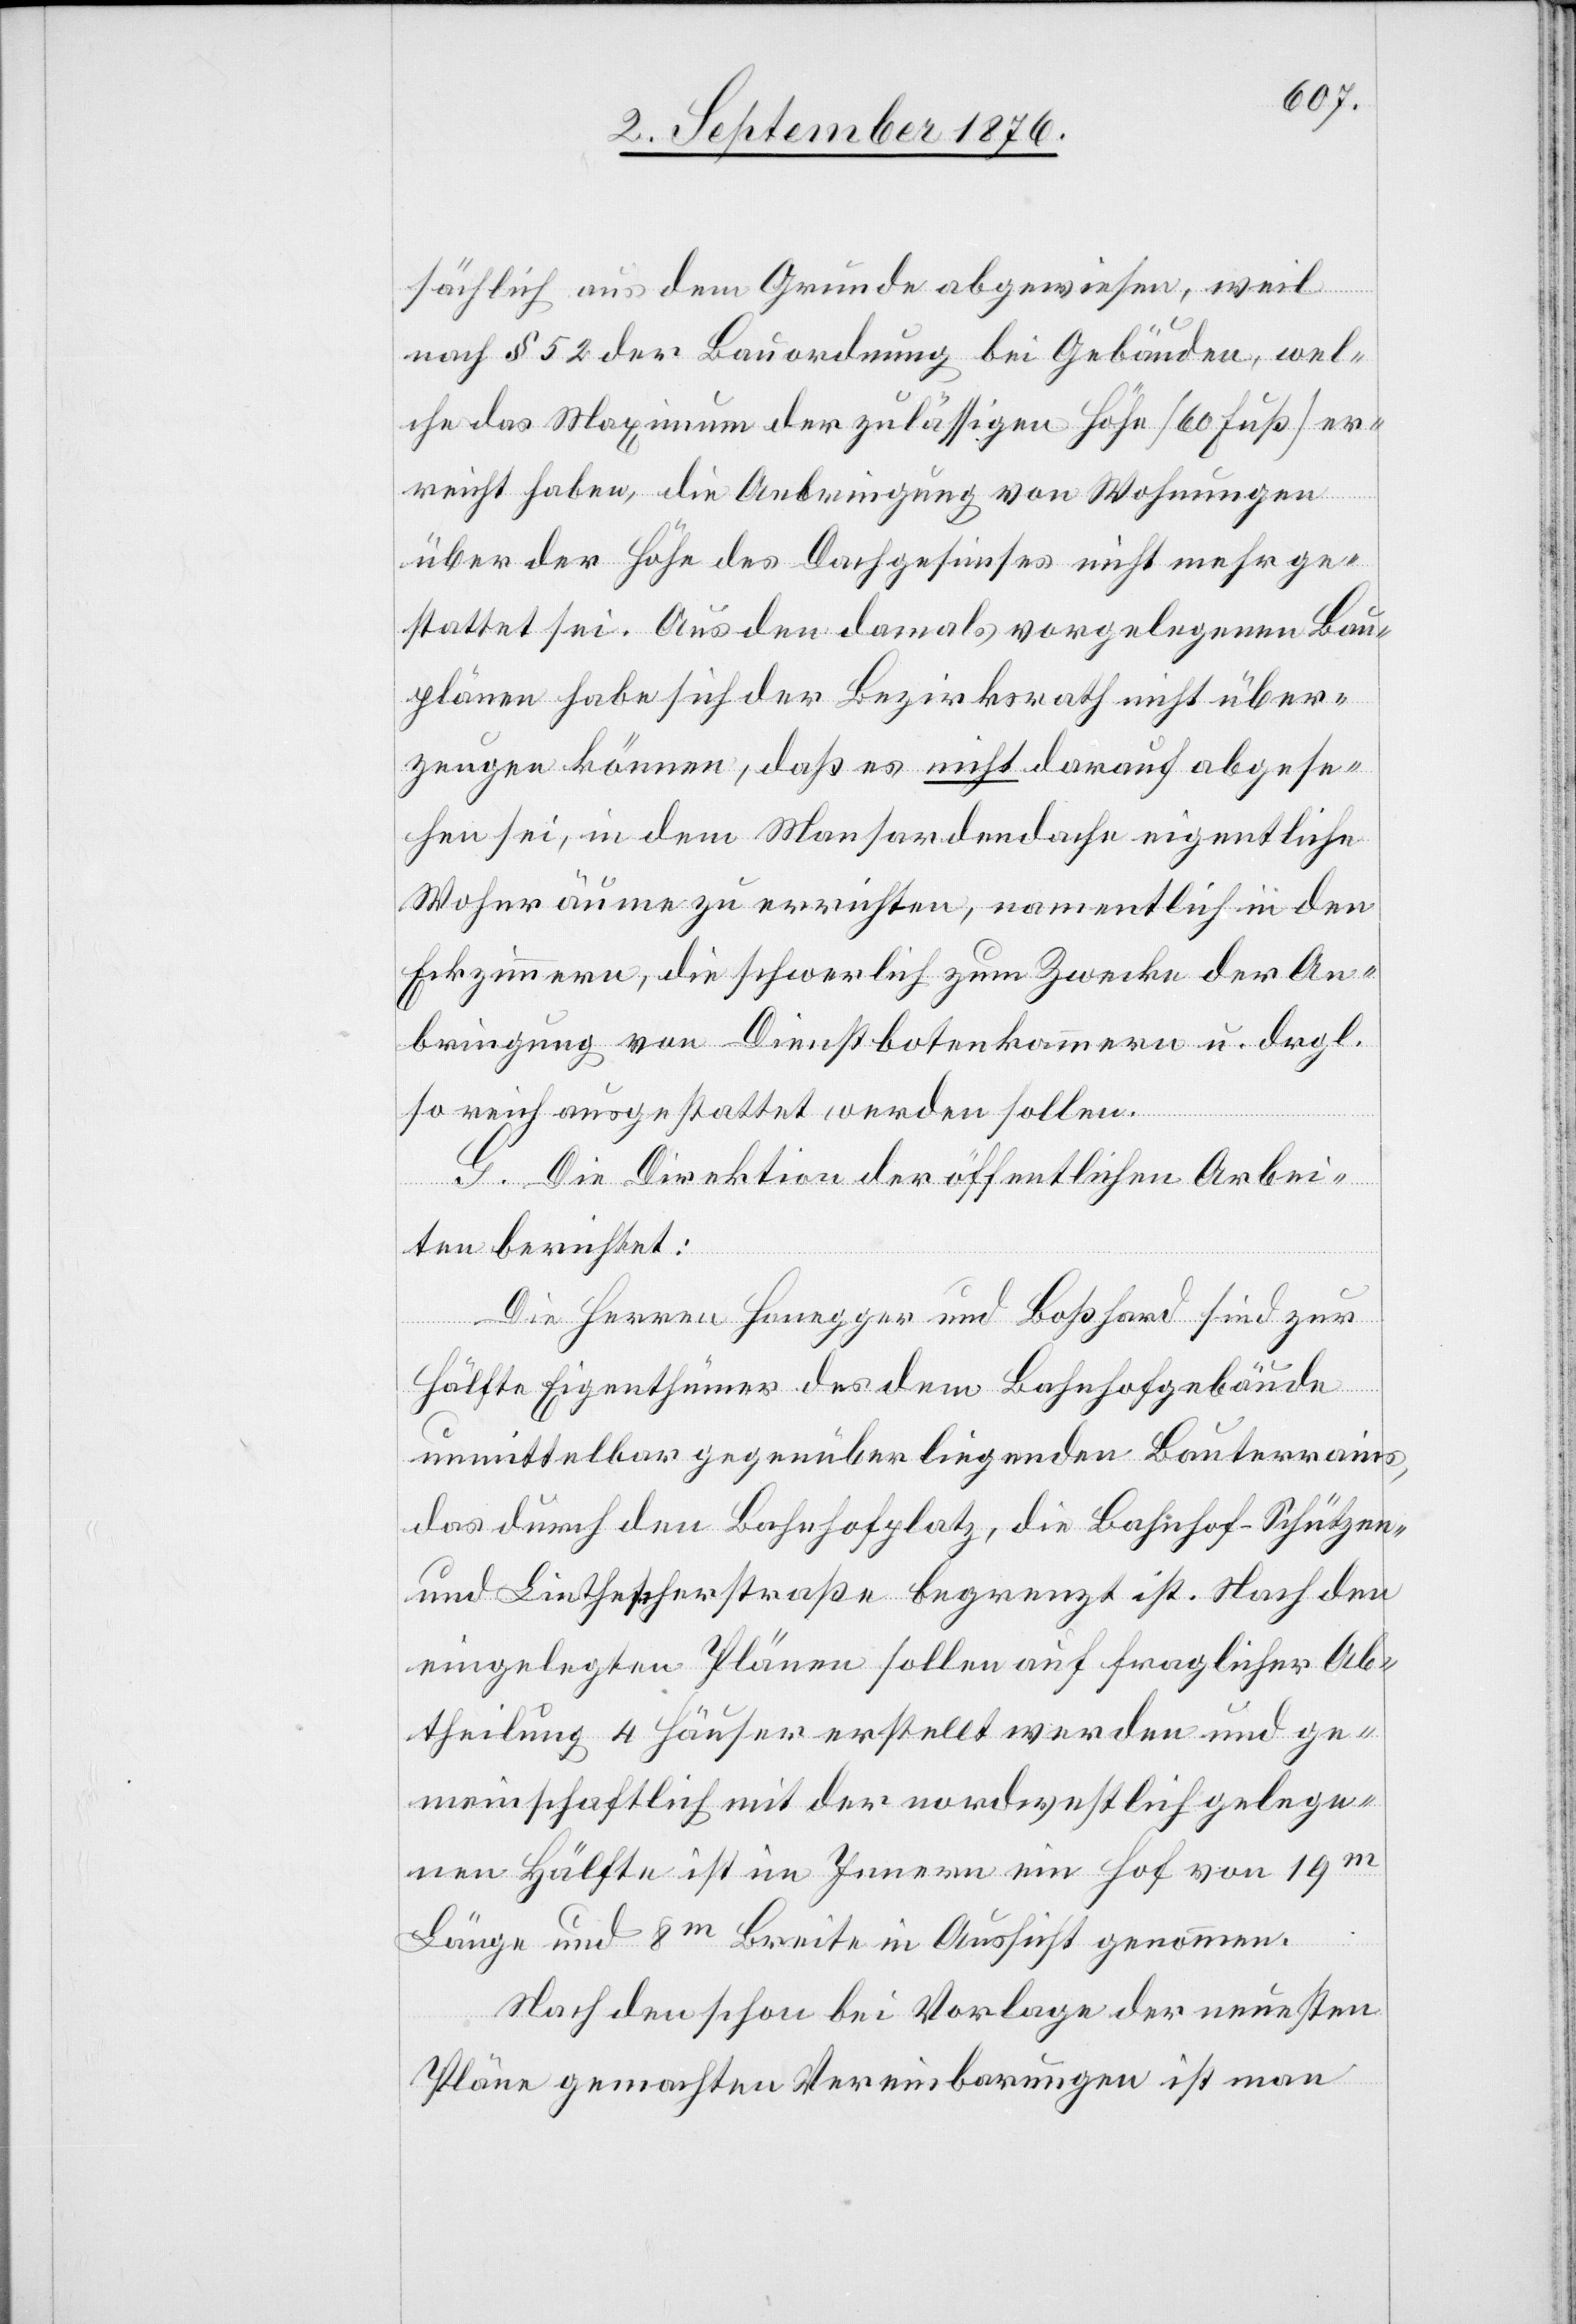
sächlich aus dem Grunde abgewiesen, weil
nach § 52 der Bauordnung bei Gebäuden, wel¬
che das Maximum der zulässigen Höhe [60 Fuß] er¬
reicht haben, die Anbringung von Wohnungen
über der Höhe des Dachgesimses nicht mehr ge¬
stattet sei. Aus den damals vorgelegenen Bau¬
plänen habe sich der Bezirksrath nicht über¬
zeugen können, daß es nicht darauf abgese¬
hen sei, in dem Mansardendache eigentliche
Wohnräume zu errichten, namentlich in den
Eckzimmern, die schwerlich zum Zwecke der An¬
bringung von Dienstbotenkammern u. drgl.
so reich ausgestattet werden sollen.
G. Die Direktion der öffentlichen Arbei¬
ten berichtet:
Die Herren Honegger und Boßhard sind zur
Hälfte Eigenthümer des dem Bahnhofgebäude
unmittelbar gegenüberliegenden Bauterrains,
das durch den Bahnhofplatz, die Bahnhof-Schützen-
und die Linthescherstraße begrenzt ist. Nach den
eingelegten Plänen sollen auf fraglicher Ab¬
theilung 4 Häuser erstellt werden und ge¬
meinschaftlich mit der nordwestlich gelege¬
nen Hälfte ist im Innern ein Hof von 19m
Länge und 8m Breite in Aussicht genommen.
Nach den schon bei Vorlage der neuesten
Pläne gemachten Vereinbarungen ist man